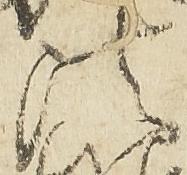
法